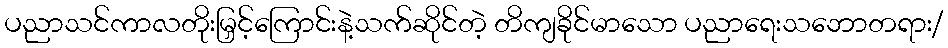
ပညာသင်ကာလတိုးမြှင့်ကြောင်းနဲ့သက်ဆိုင်တဲ့ တိကျခိုင်မာသော ပညာရေးသဘောတရား/